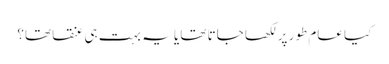
کیا عام طور پر لکھا جاتا تھا یا یہ بہت ہی عنقا تھا؟